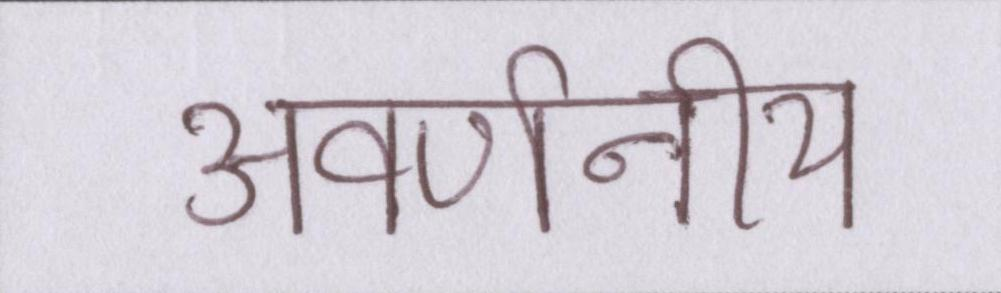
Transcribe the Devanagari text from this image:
अवर्णनीय